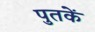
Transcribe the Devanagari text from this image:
पुतकें